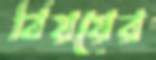
বিয়য়ের